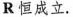
R恒成立.